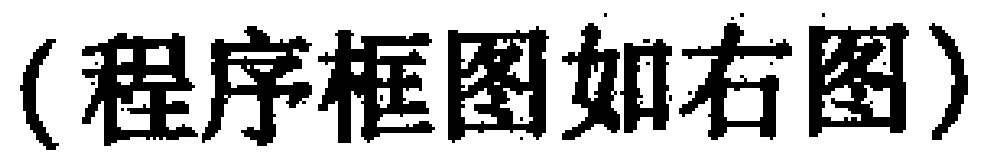
(程序框图如右图)